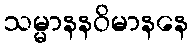
သမ္မာနနဝိမာနနေ